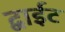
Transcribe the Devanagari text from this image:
द्वाईट